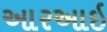
આરઆઇ